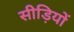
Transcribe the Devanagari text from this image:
सीड़ियों